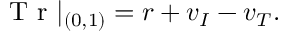
\mathrm { ~ T ~ r ~ } | _ { ( 0 , 1 ) } = r + v _ { I } - v _ { T } .